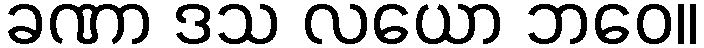
ခဏာ ဒသ လယော ဘဝေ။